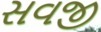
સવજી